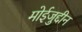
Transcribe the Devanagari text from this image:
मोईजुद्दीन